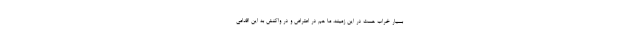
بسیار خراب هست در این زمینه، ما هم در اعتراض و در واکنش به این اقدامی